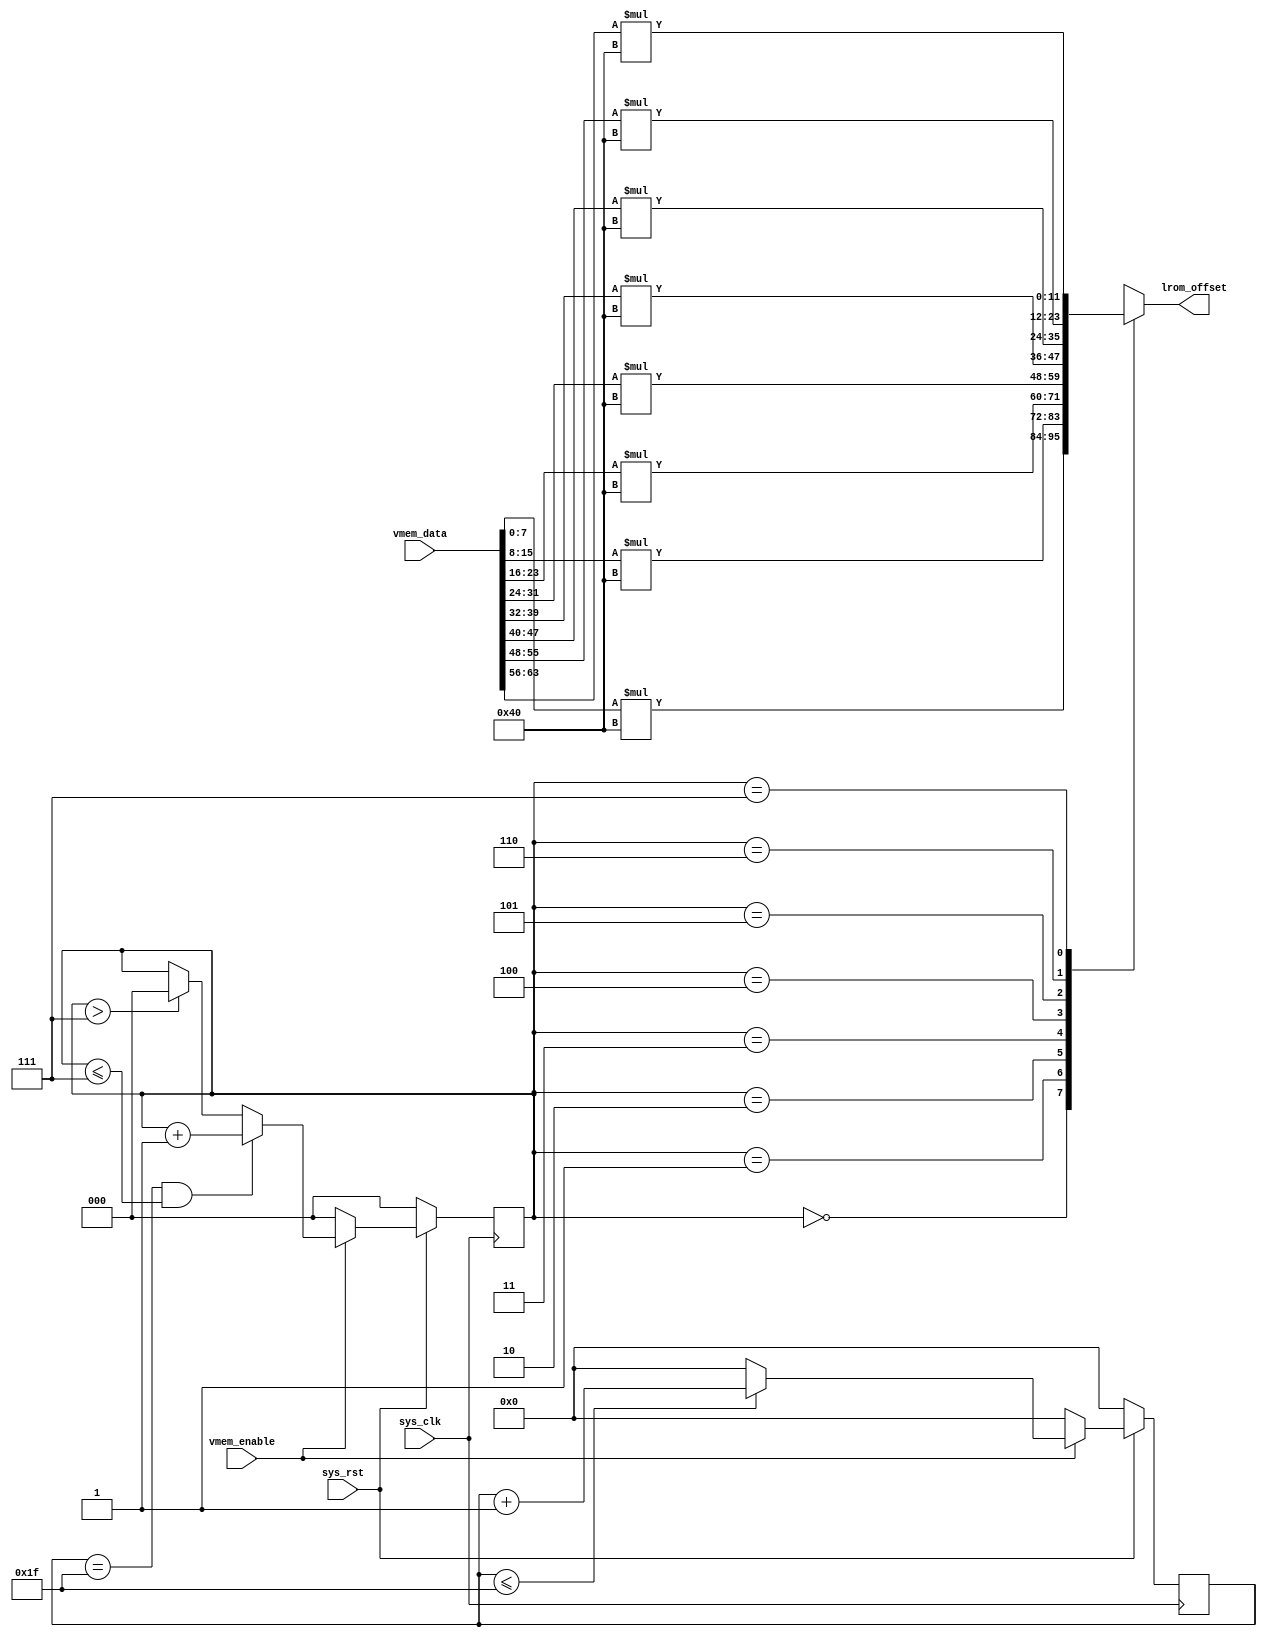
`timescale 1ns / 1ps
//////////////////////////////////////////////////////////////////////////////////
// Company:
// Engineer:
//
// Design Name:
// Module Name: lcd_vmem_accesser
// Project Name:
// Target Devices:
// Tool Versions:
// Description:
//
// Dependencies:
//
// Revision:
// Revision 0.01 - File Created
// Additional Comments:
//
//////////////////////////////////////////////////////////////////////////////////


module lcd_vmem_accesser(input sys_clk,
                         input sys_rst,
                         input [63:0] vmem_data,
                         output reg [11:0] lrom_offset,
                         input vmem_enable);
    
    
    reg [4:0] row_cnt;
    reg [2:0] vmem_addr;
    always @(posedge sys_clk) begin //when row_cnt == 32,addr change to next
        if (!sys_rst)
            row_cnt <= 0;
        else if (vmem_enable) begin
            if (row_cnt <= 5'b11111)
                row_cnt <= row_cnt+1;
            else
            row_cnt <= 0;
        end
        else
            row_cnt <= 0;
    end
    
    
    
    
    always @(posedge sys_clk) begin
        if (!sys_rst)
            vmem_addr <= 0;
        else if (vmem_enable) begin
            if (row_cnt == 5'b11111 && vmem_addr <= 3'b111)
                vmem_addr <= vmem_addr +1;
            else if (vmem_addr > 3'b111)
                vmem_addr <= 0;
        end
            else
                vmem_addr <= 0;
    end
            
            always @(*) begin
                case (vmem_addr)
                    3'b000: lrom_offset = vmem_data[7:0]*64;
                    3'b001: lrom_offset = vmem_data[15:8]*64;
                    3'b010: lrom_offset = vmem_data[23:16]*64;
                    3'b011: lrom_offset = vmem_data[31:24]*64;
                    3'b100: lrom_offset = vmem_data[39:32]*64;
                    3'b101: lrom_offset = vmem_data[47:40]*64;
                    3'b110: lrom_offset = vmem_data[55:48]*64;
                    3'b111: lrom_offset = vmem_data[63:56]*64;
                endcase
                
            end
            
            
            
            
            endmodule